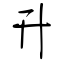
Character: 升